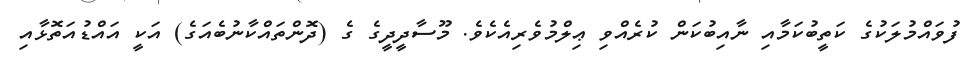
ފުވައްމުލަކުގެ ކަތީބުކަމާއި ނާއިބުކަން ކުރެއްވި ޢިލްމުވެރިއެކެވެ. މޫސާދީދީގެ ގެ (ދޮންތައްކާނުބެއަގެ) އަކީ އައްޑުއަތޮޅާއި